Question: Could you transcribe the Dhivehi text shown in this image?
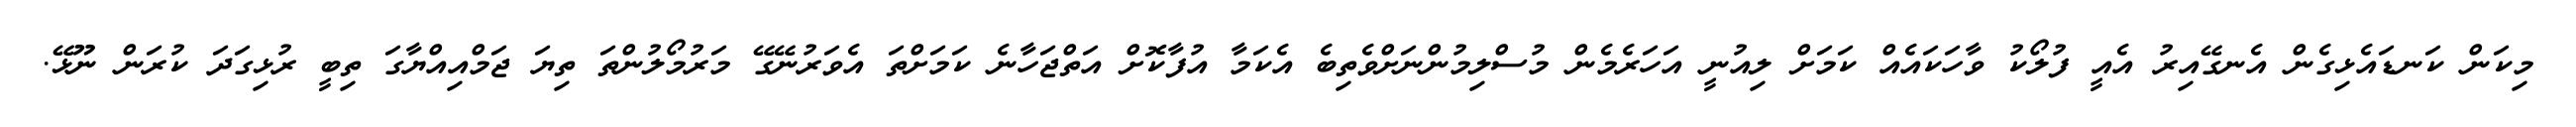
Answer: މިކަން ކަނޑައެޅިގެން އެނގޭއިރު އެއީ ފުލޯކު ވާހަކައެއް ކަމަށް ލިއުނީ އަހަރެމެން މުސްލިމުންނަށްވެތިބެ އެކަމާ އުފާކޮށް އަތްޖަހާނެ ކަމަށްތަ އެވަރުނޭގޭ މަރުމޯލުންތަ ތިޔަ ޖަމްއިއްޔާގަ ތިބީ ރުޅިގަދަ ކުރަން ނޫޅޭ.